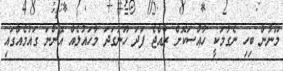
މޫނުން ބިހި ނެގުމަކީ ހާއްސަކޮށް ރާއްޖެ ފަދަ ހޫނުގަދަ މާހައުލެއް އޮންނަ ގައުމެއްގައި